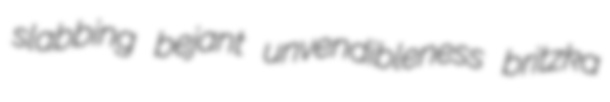
slabbing bejant unvendibleness britzka